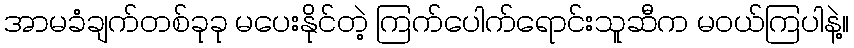
အာမခံချက်တစ်ခုခု မပေးနိုင်တဲ့ ကြက်ပေါက်ရောင်းသူဆီက မဝယ်ကြပါနဲ့။